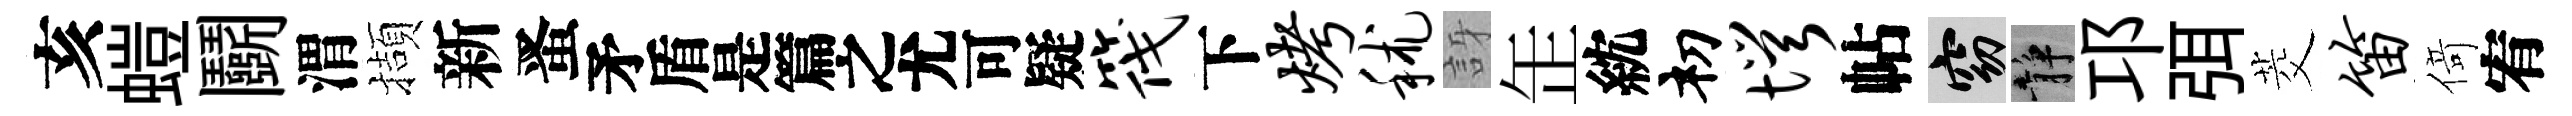
亥螘鬬渭擷新󱉠待筏下烤秫訝𦈢紞𥘉愕帖窈静邛弭茭笛𠋣宥